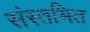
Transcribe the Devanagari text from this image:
संस्तभित